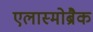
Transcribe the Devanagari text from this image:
एलास्मोब्रैक